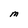
Character: M